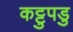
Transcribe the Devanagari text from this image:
कट्टुपडु